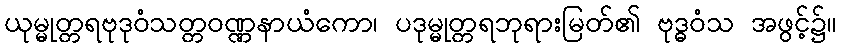
ယုမ္မုတ္တရဗုဒုဝံသတ္တဝဏ္ဏနာယံကော၊ ပဒုမ္မုတ္တရဘုရားမြတ်၏ ဗုဒ္ဓဝံသ အဖွင့်၌။